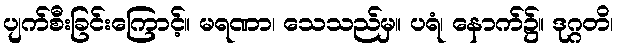
ပျက်စီးခြင်းကြောင့်။ မရဏာ၊ သေသည်မှ။ ပရံ၊ နောက်၌။ ဒုဂ္ဂတိ၊